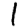
Digit: 1